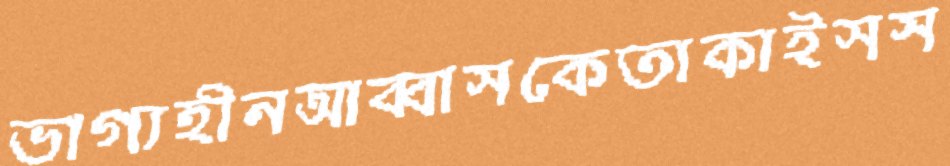
ভাগ্যহীনআব্বাসকেতাকাইসস